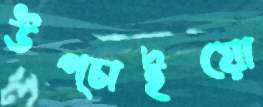
উপ্‌চাইয়ো